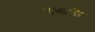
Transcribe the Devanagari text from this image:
रुकेगी